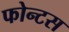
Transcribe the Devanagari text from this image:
फोन्टस